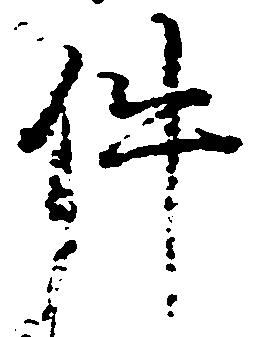
件